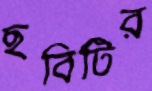
ছবিটির